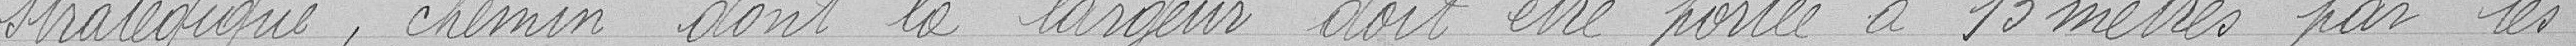
stratégique, chemin dont la largeur doit être portée à 13 mètres par les